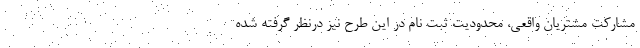
مشارکت مشتریان واقعی، محدودیت ثبت نام در این طرح نیز درنظر گرفته شده